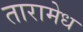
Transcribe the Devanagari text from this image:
तारामेध